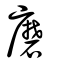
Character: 磨